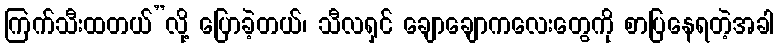
ကြက်သီးထတယ်”လို့ ပြောခဲ့တယ်၊ သီလရှင် ချောချောကလေးတွေကို စာပြနေရတဲ့အခါ